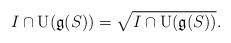
LaTeX: \begin{align*}I\cap\operatorname{U}(\mathfrak g(S))=\sqrt{I\cap\operatorname{U}(\mathfrak g(S))}.\end{align*}